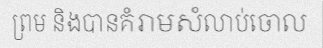
ព្រម និងបានគំរាមសំលាប់ចោល